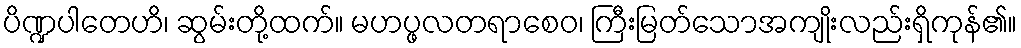
ပိဏ္ဍပါတေဟိ၊ ဆွမ်းတို့ထက်။ မဟပ္ဖလတရာစေဝ၊ ကြီးမြတ်သောအကျိုးလည်းရှိကုန်၏။